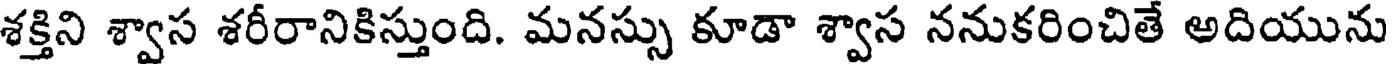
శక్తిని శ్వాస శరీరానికిస్తుంది. మనస్సు కూడా శ్వాస ననుకరించితే అదియును